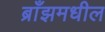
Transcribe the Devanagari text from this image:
ब्राँझमधील